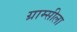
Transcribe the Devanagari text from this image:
ग्राम्सीला